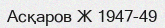
Асқаров Ж 1947-49